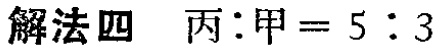
解法四 丙:甲 = 5 : 3